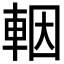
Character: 𨋳